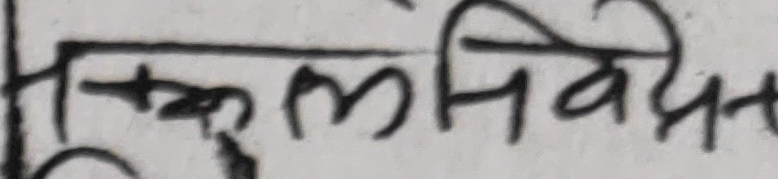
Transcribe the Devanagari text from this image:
कुल निवेदन